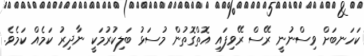
ކަހަނބަށް ވިސްނުނީ ރޭސް ރޭވިފައި އޮތްގޮތުން މުސަޅު ބަލިކުރުމަކީ ނާދިރު ކަމެއް ކަމެވެ.